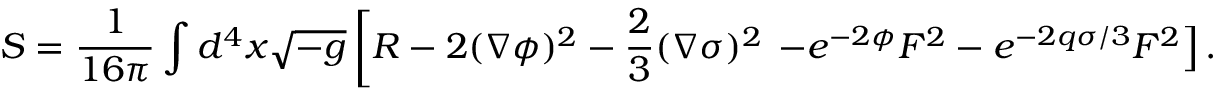
S = \frac { 1 } { 1 6 \pi } \int d ^ { 4 } x \sqrt { - g } \left[ R - 2 ( \nabla \phi ) ^ { 2 } - \frac { 2 } { 3 } ( \nabla \sigma ) ^ { 2 } \right. \left. - e ^ { - 2 \phi } F ^ { 2 } - e ^ { - 2 q \sigma / 3 } F ^ { 2 } \right] .